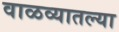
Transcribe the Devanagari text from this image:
वाळव्यातल्या